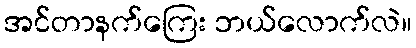
အင်တာနက်ကြေး ဘယ်လောက်လဲ။